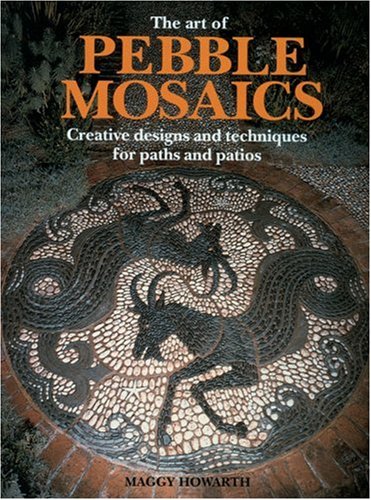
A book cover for The Art of Pebble Mosaics; Maggy Howarth; Crafts, Hobbies & Home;